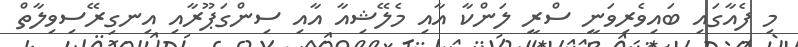
މި ފެއާގައި ބައިވެރިވަނީ ސްރީ ލަންކާ އާއި މެލޭޝިއާ އާއި ސިންގަޕޫރާއި އިނގިރޭސިވިލާތް